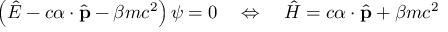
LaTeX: \left( { \hat { E } } - c { \boldsymbol { \alpha } } \cdot { \hat { \mathbf { p } } } - \beta m c ^ { 2 } \right) \psi = 0 \quad \Leftrightarrow \quad { \hat { H } } = c { \boldsymbol { \alpha } } \cdot { \hat { \mathbf { p } } } + \beta m c ^ { 2 }